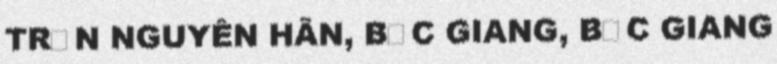
TRẦN NGUYÊN HÃN, BẮC GIANG, BẮC GIANG